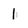
Character: 1